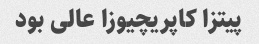
پیتزا کاپریچیوزا عالی بود